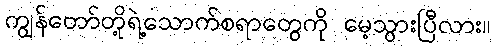
ကျွန်တော်တို့ရဲ့သောက်စရာတွေကို မေ့သွားပြီလား။